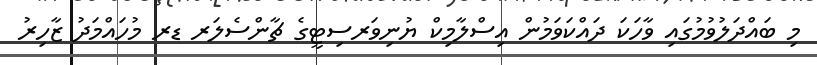
މި ބައްދަލުވުމުގައި ވާހަކަ ދައްކަވަމުން އިސްލާމިކް ޔުނިވަރސިޓީގެ ޗާންސެލަރ ޑރ މުހައްމަދު ޒާހިރު